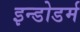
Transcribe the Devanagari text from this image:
इन्डोडर्म